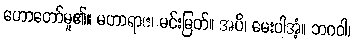
ဟောတော်မူ၏။ မဟာရာဇ၊ မင်းမြတ်။ အပိ၊ မေးပါအံ့။ ဘဂဝါ၊